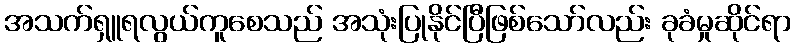
အသက်ရှူရလွယ်ကူစေသည် အသုံးပြုနိုင်ပြီဖြစ်သော်လည်း ခုခံမှုဆိုင်ရာ